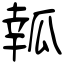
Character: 瓡